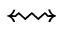
\leftrightsquigarrow